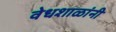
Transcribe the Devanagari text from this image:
वेधशाळांनी